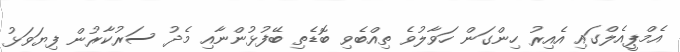
އެމްޕީއެލްގައި އެއިރު ހިންގަން ހަވާލުވެ ތިއްބެވި ބޮޑެތި ބޭފުޅުންނާއި މެދު ސަރުކާރުން ފިޔަވަޅު